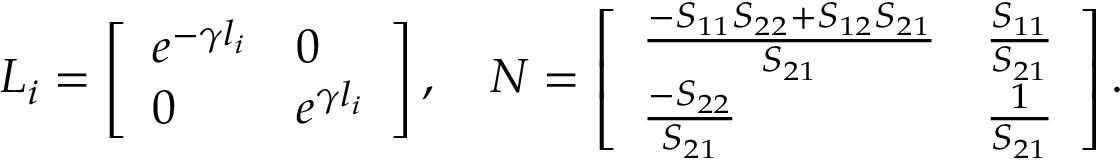
\boldsymbol { L } _ { i } = \left[ \begin{array} { l l } { e ^ { - \gamma l _ { i } } } & { 0 } \\ { 0 } & { e ^ { \gamma l _ { i } } } \end{array} \right] , \quad \boldsymbol { N } = \left[ \begin{array} { l l } { \frac { - S _ { 1 1 } S _ { 2 2 } + S _ { 1 2 } S _ { 2 1 } } { S _ { 2 1 } } } & { \frac { S _ { 1 1 } } { S _ { 2 1 } } } \\ { \frac { - S _ { 2 2 } } { S _ { 2 1 } } } & { \frac { 1 } { S _ { 2 1 } } } \end{array} \right] .